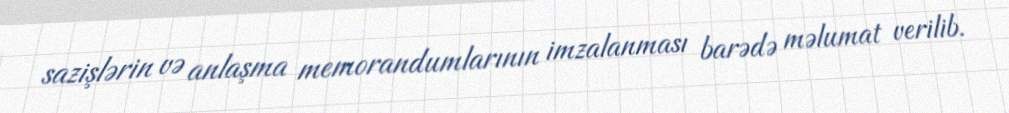
sazişlərin və anlaşma memorandumlarının imzalanması barədə məlumat verilib.